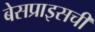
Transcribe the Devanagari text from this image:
बेसप्राइसची